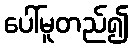
ပေါ်မူတည်၍